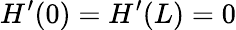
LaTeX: H^{\prime}(0)=H^{\prime}(L)=0